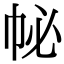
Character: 𢁽